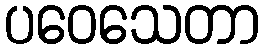
ပဝေသေတာ